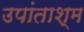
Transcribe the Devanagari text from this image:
उपांताश्म